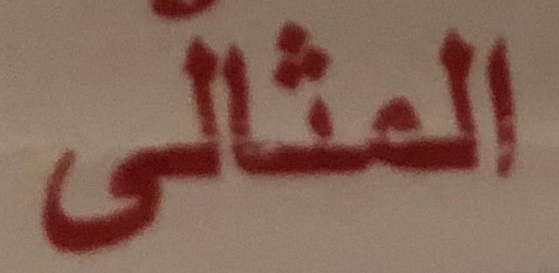
المثالى